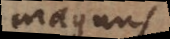
magnus